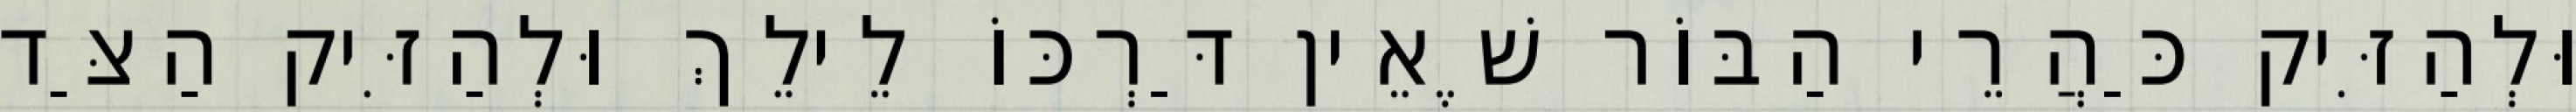
וּלְהַזִּיק כַּהֲרֵי הַבּוֹר שֶׁאֵין דַּרְכּוֹ לֵילֵךְ וּלְהַזִּיק הַצַּד